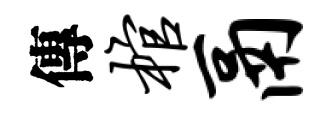
傳棺鬲